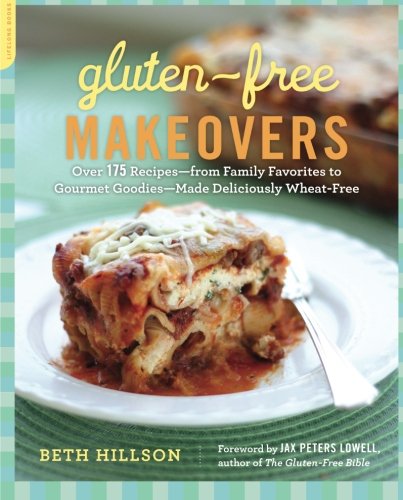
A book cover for Gluten-Free Makeovers: Over 175 Recipes--from Family Favorites to Gourmet Goodies--Made Deliciously Wheat-Free; Beth Hillson; Cookbooks, Food & Wine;